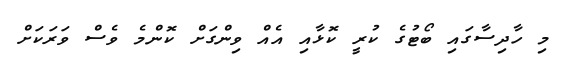
މި ހާދިސާގައި ބޯޓުގެ ކުރީ ކޮޅާއި އެއް ވިންގަށް ކޮންމެ ވެސް ވަރަކަށް